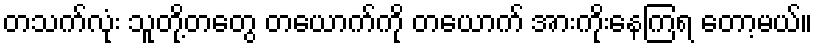
တသက်လုံး သူတို့တတွေ တယောက်ကို တယောက် အားကိုးနေကြရ တော့မယ်။